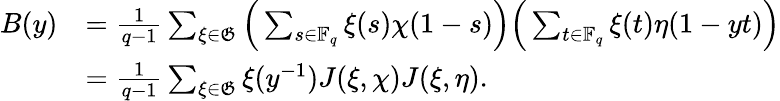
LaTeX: \begin{array}{rl}{B(y)}&{=\frac{1}{q-1}\sum_{\xi\in\mathfrak{G}}\Big(\sum_{s\in\mathbb{F}_{q}}\xi(s)\chi(1-s)\Big)\Big(\sum_{t\in\mathbb{F}_{q}}\xi(t)\eta(1-yt)\Big)}\\ &{=\frac{1}{q-1}\sum_{\xi\in\mathfrak{G}}\xi(y^{-1})J(\xi,\chi)J(\xi,\eta).}\end{array}